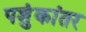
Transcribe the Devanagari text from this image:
पशुंकांतर